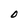
Character: O